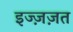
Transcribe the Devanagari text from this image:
इज्ज़ज़त